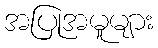
အပြုအမူများ